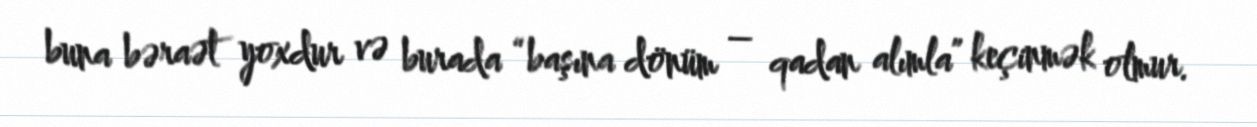
buna bəraət yoxdur və burada “başına dönüm – qadan alımla” keçinmək olmur.